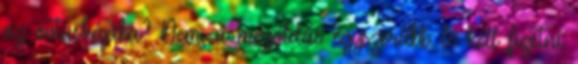
az övtáskájába? Nem, a megoldás egyszerűbb: le kell fizetni